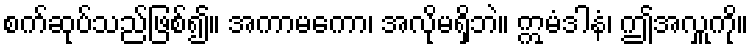
စက်ဆုပ်သည်ဖြစ်၍။ အကာမကော၊ အလိုမရှိဘဲ။ ဣမံဒါနံ၊ ဤအလှူကို။